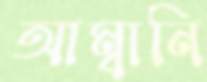
আম্বানি